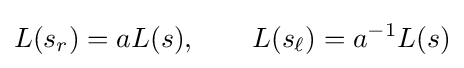
L(s_{r})=aL(s),\qquad L(s_{\ell })=a^{-1}L(s)